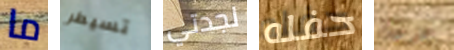
ما تسيطر لجدتي حفله جرحك